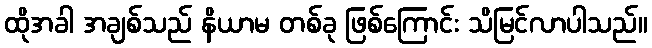
ထိုအခါ အချစ်သည် နိယာမ တစ်ခု ဖြစ်ကြောင်း သိမြင်လာပါသည်။